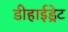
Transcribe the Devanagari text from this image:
डीहाईड्रेट